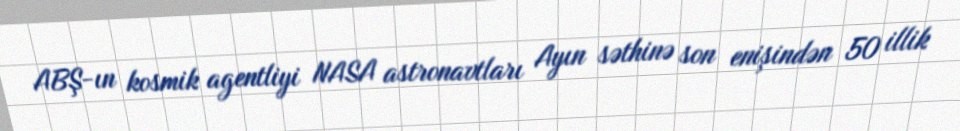
ABŞ-ın kosmik agentliyi NASA astronavtları Ayın səthinə son enişindən 50 illik